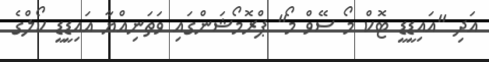
އަދި "އައިޑީޑީ ޓޮކް މޯ ސޭވް މޯ" ޕްރޮމޯޝަންގައި ވަތަނިއްޔާ އައިޑީޑީ ކޯލްގެ